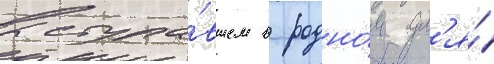
выступа́вшем в родно́м дл'я́